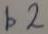
Text: b2